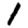
Digit: 1